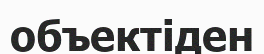
объектіден